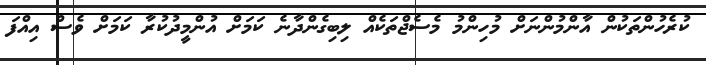
ކުރެހުންތަކުން އާންމުންނަށް މުހިންމު މެސެޖްތަކެއް ލިބިގެންދާނެ ކަމަށް އުންމީދުކުރާ ކަމަށް ވެސް އިއްފަ